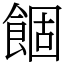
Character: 䭅